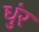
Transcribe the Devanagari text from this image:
धुंर